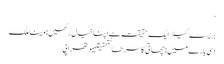
‘
بریسٹ کیئر ایک حقیقت ہے اپنا خیال رکھیں: وینا ملک
اسی بارے میں: چھاتی کا سرطانتحقیقکیموتھراپی